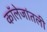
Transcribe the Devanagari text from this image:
कॉलेजांतली